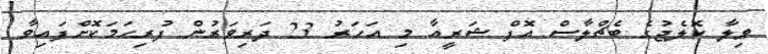
ވިލާ ކޮލެޖުގެ ބެޗްލާސް އޮފް ޝަރީއާ މި އަހަރު 23 ދަރިވަރުން ފުރިހަމަކޮށްފައިވާ